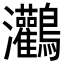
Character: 𪈸